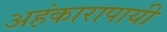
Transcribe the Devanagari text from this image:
अहंकारापायी